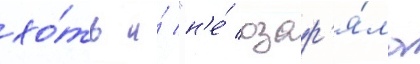
хо́ть и́ "н'е́ озар'я́ла